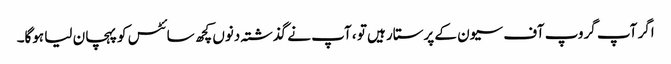
اگر آپ گروپ آف سیون کے پرستار ہیں تو ، آپ نے گذشتہ دنوں کچھ سائٹس کو پہچان لیا ہوگا۔